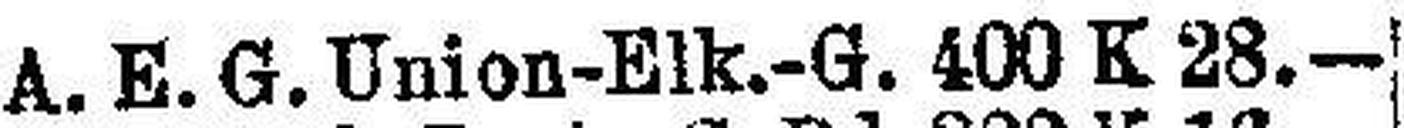
A. E. G. Union-Elk.-G. 400 K 28.—